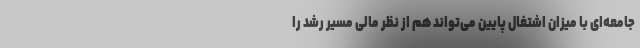
جامعه‌ای با میزان اشتغال پایین می‌تواند هم از نظر مالی مسیر رشد را